Reports on military cantonments and civil stations in the Presidency of Bombay inspected by the Sanitary Commissioner in the years 1875 and 1876
Year: 1875
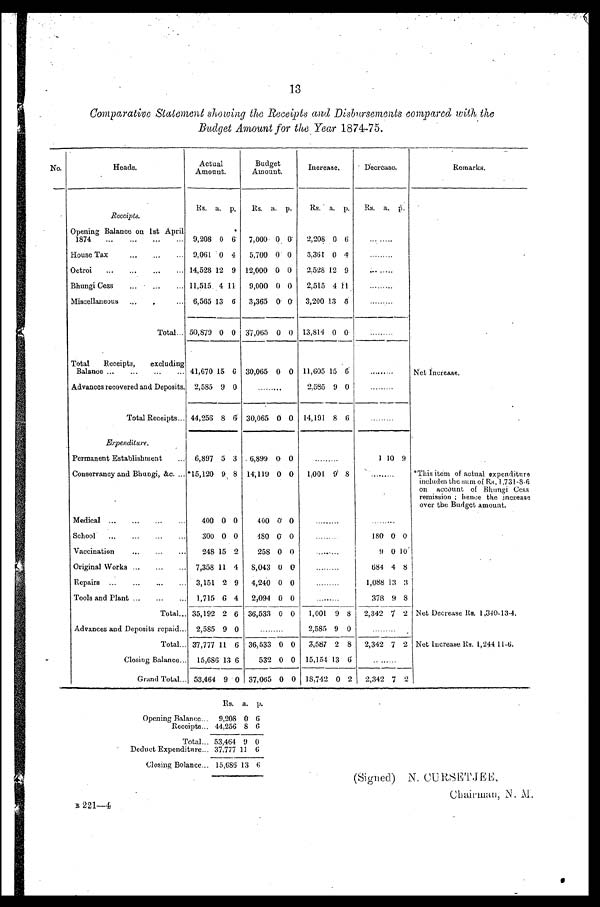
13
Comparative Statement showing the Receipts and Disbursements compared with the
Budget Amount for the Year 1874-75.
No.
Heads.
Actual
Amount.
Budget
Amount.
Increase.
Decrease.
Remarks.
Receipts.
Rs. a. p.
Rs. a. p.
Rs. a. p,
Rs. a.
p .
Opening Balance on 1st April
1874
...
...
...
... 9,208 0 6
7,000 0 0
2,208 0 6
.........
House Tax
...
...
... 9,061 0 4
5,700 0 0
3,361 0 4
. . . . . . . . .
O c t r o i
. . .
. . .
. . .
. . .
14,528 12 9 12,000 0 0
2,528 12 9
. . . . . . . . .
Bhungi Cess
...
...
... 11,515 4 11
9,000 0 0
2,515 4 ll
..... . . . .
Miscellaneous ...
... . . . 6,565 13 6
3,365 0 0 3,200 13 6
..... . . . .
Total ... 50,879 0 0 37,065 0 0 13,814 0
0
.........
Total Receipts, excluding
Balance ...
...
...
... 41,670 15 6 30,065 0 0 11,605 15 6
. . . . . . . . .
Net Increase.
Advances recovered and Deposits. 2,585 9 0
.....
. . . .
2,595 9 0
..... . . . .
Total Receipts ... 44,256 8 6 30,065 0 0 14,191 8 6
.........
Expenditure.
Permanent Establishment
... 6,897 5
3 6,899 0 0
.....
. . . .
1 10 9
Conservancy and Bhungi, &c. ... *15,120 9 8 14,119 0 0
1,001. 9 8
.........
*This item of actual expenditure
includes the sum of Rs. 1,731-8-6
on account of Bhungi Cess
remission ; hence the Increase
over the Budget amount.
Medical ...
...
...
...
400 0 0
400 0 0
.....
. . . .
School
...
...
...
...
300 0 0
480 0 0
. . . . . . . . .
180 0 0
Vaccination
...
...
...
248 15 2
258 0 0
.........
9 0 10
Original Works ...
...
... 7,358 11 4
8,043 0 0
.....
. . . .
684 4 8
Repairs ...
...
... . . .
3,151 2 9
4,240 0 0
.....
. . . .
1,088 13 3
Tools and Plant ...
...
... 1,715 6 4
2,094 0 0
378 9 8
Total... 35,192 2 6 36,533 0 0
1,001 9 8
2,342 7 2 Net Decrease He. 1,340-13-4.
Advances and Deposits repaid... 2,585 9 0
2,585 9 0
.........
Total ... 37,777 11 6 36,533 0 0
3,587 2 8
2,342 7 2 Net increase Rs. 1,244 11-6.
Closing Balance ... 15,686 13 6
532 0 0 15,154 13 6
........
Grand Total ... 53,464 9 0 37,065 0 0 18,742 0 2
2,342 7 2
Rs. a. p.
Opening Balance... 9,208 0 6
Receipts... 44,256 8 6
Total... 53,464 9 0
Deduct Expenditure... 37,777 11 6
Closing Bolance... 15,686 13 6
B 221—4
( S i g n e d ) N . C U R S E T J E E
Chairman, N. .M.